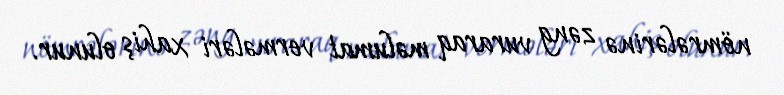
nömrələrinə zəng vuraraq məlumat vermələri xahiş olunur.